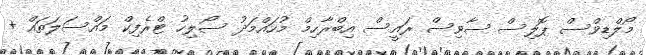
މޯލްޑިވްސް ޕޮލިސް ސާވިސް ރައީސް އިބްރާހިމް މުހައްމަދު ސޯލިހު ޓްރެފިކް މައްސަލަތައް +